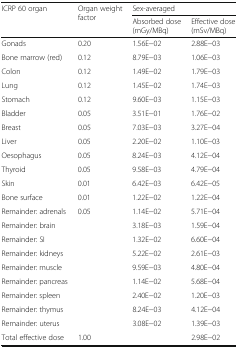
| <ROWSPAN=2> ICRP 60 organ | <ROWSPAN=2> Organ weight factor | <COLSPAN=2> Sex-averaged |
 | Absorbed dose (mGy/MBq) | Effective dose (mSv/MBq) |
 | --- | --- | --- | --- |
 | Gonads | 0.20 | 1.56E−02 | 2.88E−03 |
 | Bone marrow (red) | 0.12 | 8.79E−03 | 1.06E−03 |
 | Colon | 0.12 | 1.49E−02 | 1.79E−03 |
 | Lung | 0.12 | 1.45E−02 | 1.74E−03 |
 | Stomach | 0.12 | 9.60E−03 | 1.15E−03 |
 | Bladder | 0.05 | 3.51E−01 | 1.76E−02 |
 | Breast | 0.05 | 7.03E−03 | 3.27E−04 |
 | Liver | 0.05 | 2.20E−02 | 1.10E−03 |
 | Oesophagus | 0.05 | 8.24E−03 | 4.12E−04 |
 | Thyroid | 0.05 | 9.58E−03 | 4.79E−04 |
 | Skin | 0.01 | 6.42E−03 | 6.42E−05 |
 | Bone surface | 0.01 | 1.22E−02 | 1.22E−04 |
 | Remainder: adrenals | <ROWSPAN=9> 0.05 | 1.14E−02 | 5.71E−04 |
 | Remainder: brain | 3.18E−03 | 1.59E−04 |
 | Remainder: SI | 1.32E−02 | 6.60E−04 |
 | Remainder: kidneys | 5.22E−02 | 2.61E−03 |
 | Remainder: muscle | 9.59E−03 | 4.80E−04 |
 | Remainder: pancreas | 1.14E−02 | 5.68E−04 |
 | Remainder: spleen | 2.40E−02 | 1.20E−03 |
 | Remainder: thymus | 8.24E−03 | 4.12E−04 |
 | Remainder: uterus | 3.08E−02 | 1.39E−03 |
 | Total effective dose | 1.00 |  | 2.98E−02 |